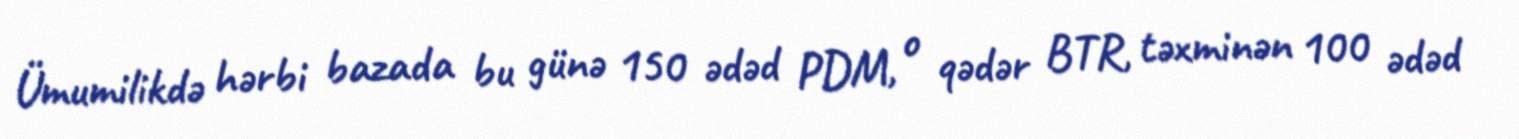
Ümumilikdə hərbi bazada bu günə 150 ədəd PDM, o qədər BTR, təxminən 100 ədəd